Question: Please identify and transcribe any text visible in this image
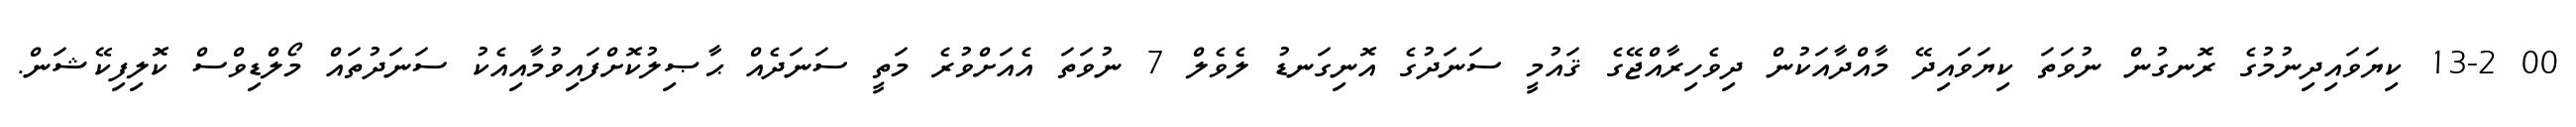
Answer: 00 13-2 ކިޔަވައިދިނުމުގެ ރޮނގުން ނުވަތަ ކިޔަވައިދޭ މާއްދާއަކުން ދިވެހިރާއްޖޭގެ ޤައުމީ ސަނަދުގެ އޮނިގަނޑު ލެވެލް 7 ނުވަތަ އެއަށްވުރެ މަތީ ސަނަދެއް ޙާޞިލުކޮށްފައިވުމާއިއެކު ސަނަދުތައް މޯލްޑިވްސް ކޮލިފިކޭޝަން.